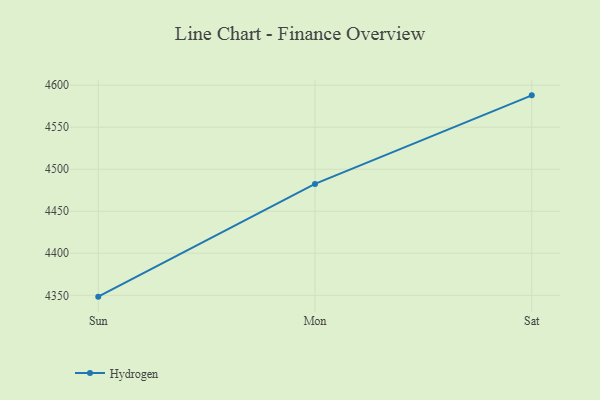
{"axis": {"x": "Day", "y": "Headcount"}, "legend": ["Hydrogen"], "data": [{"x": "Sun", "y": 4348.4, "type": "Hydrogen"}, {"x": "Mon", "y": 4482.5, "type": "Hydrogen"}, {"x": "Sat", "y": 4587.9, "type": "Hydrogen"}]}